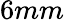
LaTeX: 6mm